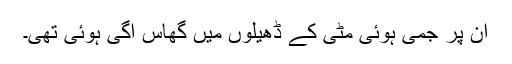
ان پر جمی ہوئی مٹی کے ڈھیلوں میں گھاس اُگی ہوئی تھی۔